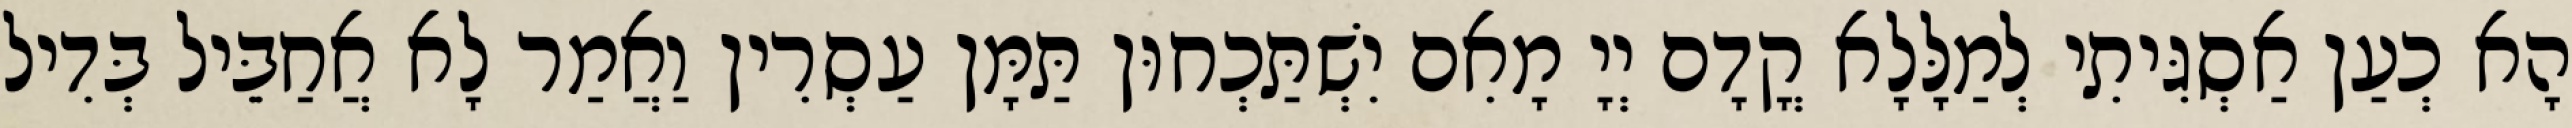
הָא כְעַן אַסְגִּיתִי לְמַלָּלָא קֳדָם יְיָ מָאִם יִשְׁתַּכְחוּן תַּמָּן עַסְרִין וַאֲמַר לָא אֲחַבֵּיל בְּדִיל